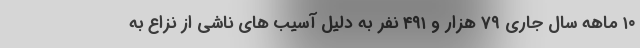
۱۰ ماهه سال جاری ۷۹ هزار و ۴۹۱ نفر به دلیل آسیب های ناشی از نزاع به